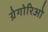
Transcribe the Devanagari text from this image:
ग्रेगोरिओ